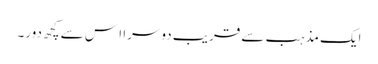
ایک مذہب سے قریب دوسرا ا س سے کچھ دور۔